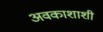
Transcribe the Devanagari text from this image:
अवकाशाशी